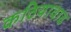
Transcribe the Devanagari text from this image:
कठियावाढ